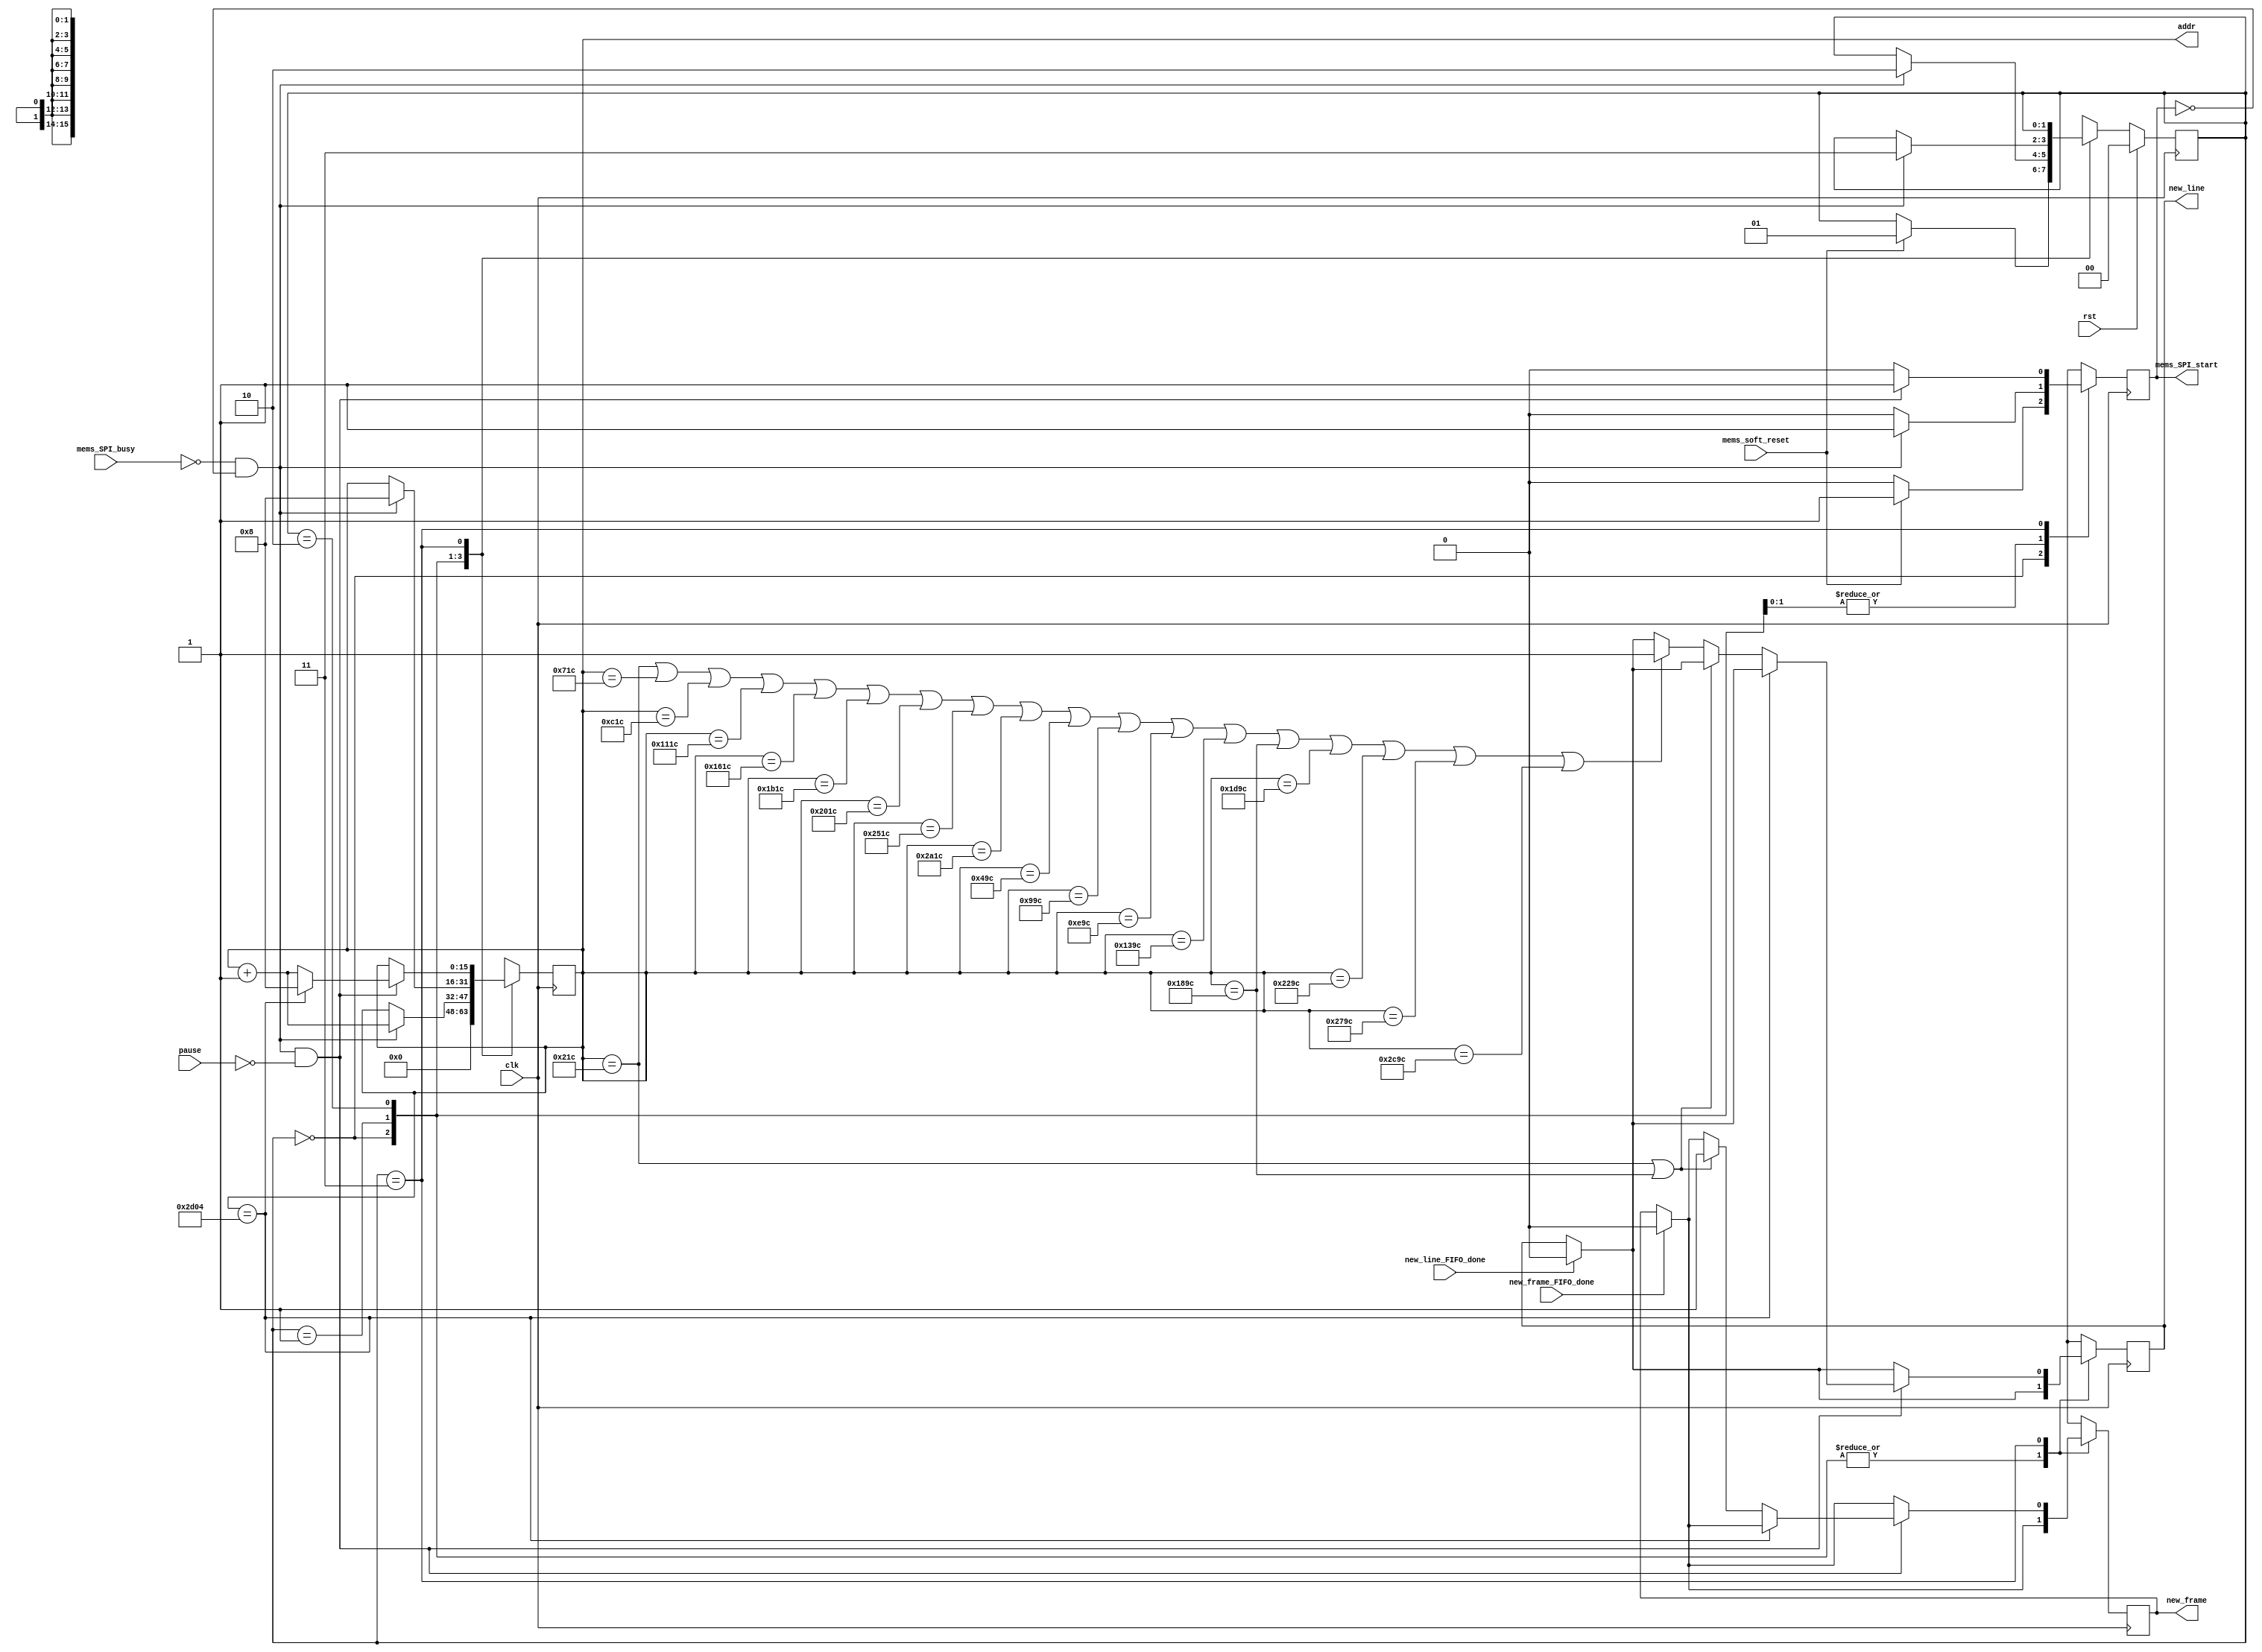
module mems_control_7 (
    // INPUT
    input clk,
    input rst,
    input pause,
    input mems_SPI_busy,
    input mems_soft_reset,
    input new_line_FIFO_done,
    input new_frame_FIFO_done,
    // input go_home,

    // OUTPUT
    output mems_SPI_start,
    // output [23:0] data_mosi,
    output new_line,
    output new_frame,
    output [15:0] addr
  );
  
  reg new_line_d, new_line_q;//=1'b0;
  reg new_frame_d, new_frame_q;//=1'b0;
  
  assign mems_SPI_start=mems_SPI_start_q;

  assign new_line = new_line_q;
  assign new_frame = new_frame_q;

  assign addr = addr_q;
  
  localparam STATE_SIZE = 2;
  localparam IDLE = 2'd0,
    SOFTWARE_RESET = 2'd1,
    VREF_SETUP = 2'd2,
    SET_CHANNEL = 2'd3;
 
  reg [STATE_SIZE-1:0] state_d, state_q;
  reg [15:0] addr_d, addr_q;
  reg mems_SPI_start_d, mems_SPI_start_q; 

  reg play_d, play_q;
  wire rom_scan_is_done;




  always @(*) begin

    // if (new_line_FIFO_done==1'b1 && new_line_q==1'b1) begin
    if (new_line_FIFO_done==1'b1) begin
      new_line_d=1'b0; // latch here is not fine (if at the same time 2 modules -> problem)
    end else begin
      new_line_d = new_line_q;
    end

    if (new_frame_FIFO_done==1'b1) begin
      new_frame_d=1'b0; // latch here is not fine
    end else begin
      new_frame_d = new_frame_q;
    end

    state_d = state_q; // default values
    addr_d = addr_q;   // needed to prevent latches
    play_d = play_q;

    case (state_q)
      IDLE: begin
        addr_d = 4'b0;
        mems_SPI_start_d=1'b0;
        if (mems_soft_reset==1'b1) begin
          state_d = SOFTWARE_RESET;
          mems_SPI_start_d=1'b1;
        end
      end // IDLE

      SOFTWARE_RESET: begin
        mems_SPI_start_d=1'b0;
        if (!mems_SPI_busy && mems_SPI_start_q == 1'b0) begin 
          addr_d=addr_q+1'b1;
          state_d = VREF_SETUP;
          mems_SPI_start_d = 1'b1;
        end
      end // SOFTWARE_RESET

      VREF_SETUP: begin // we hav problem with DAC, change its ref voltage from external to internal and vice versa -> have to send command for external one all time.
        mems_SPI_start_d=1'b0;
        if (!mems_SPI_busy && mems_SPI_start_q == 1'b0) begin 
          addr_d = 16'd8;//addr_q + 1'b1; // will be 2 in SET_CHANNEL
          state_d = SET_CHANNEL;
          mems_SPI_start_d = 1'b1;
        end
      end // VREF_SETUP

      SET_CHANNEL: begin
                play_d=1'b0;
                mems_SPI_start_d = 1'b0;

                if ((!mems_SPI_busy && mems_SPI_start_q == 1'b0) && pause==1'b0) begin 
                    mems_SPI_start_d = 1'b1;    

                    // begin from the beginning if end reached.         
                    // if (rom_scan_is_done==1'b1) begin
                    


                    if (addr_q==16'd11524) begin
                    // if (addr_q==16'd15844) begin
                         addr_d = 16'd8;  
                    end else begin
                    
// if (addr_q == 16'd623 || addr_q==16'd8623) begin
// if (addr_q == 16'd226 || addr_q==16'd3826) begin
if (addr_q == 16'd540 || addr_q==16'd6300) begin

// if (addr_q == 16'd164) begin // 6495 no overflow at all1! 6490 also no overf.

                        // if (addr_q == 16'd164 || addr_q == 16'd4964) begin // || addr_q==16'd4941) begin // 6495 no overflow at all1! 6490 also no overf.

                            new_frame_d = 1'b1;
                        end else 
// if (addr_q == 16'd562 || addr_q == 16'd2322 || addr_q == 16'd4082 || addr_q == 16'd5842 || addr_q == 16'd7602 || addr_q == 16'd1442 || addr_q == 16'd3202 || addr_q == 16'd4962 || addr_q == 16'd6722 || addr_q==16'd8482) begin
// if (addr_q == 16'd623 || addr_q == 16'd2223 || addr_q == 16'd3823 || addr_q == 16'd5423 || addr_q == 16'd7023 || addr_q == 16'd8623 || addr_q == 16'd10223 || addr_q == 16'd11823 || addr_q == 16'd13423 || addr_q == 16'd15023 || addr_q == 16'd1423 || addr_q == 16'd3023 || addr_q == 16'd4623 || addr_q == 16'd6223 || addr_q == 16'd7823 || addr_q == 16'd9423 || addr_q == 16'd11023 || addr_q == 16'd12623 || addr_q == 16'd14223 || addr_q==16'd15823) begin





// if (addr_q == 16'd436 || addr_q == 16'd1716 || addr_q == 16'd2996 || addr_q == 16'd4276 || addr_q == 16'd5556 || addr_q == 16'd6836 || addr_q == 16'd8116 || addr_q == 16'd9396 || addr_q == 16'd10676 || addr_q == 16'd1076 || addr_q == 16'd2356 || addr_q == 16'd3636 || addr_q == 16'd4916 || addr_q == 16'd6196 || addr_q == 16'd7476 || addr_q == 16'd8756 || addr_q == 16'd10036 || addr_q==16'd11316) begin
// if (addr_q == 16'd528 || addr_q == 16'd1808 || addr_q == 16'd3088 || addr_q == 16'd4368 || addr_q == 16'd5648 || addr_q == 16'd6928 || addr_q == 16'd8208 || addr_q == 16'd9488 || addr_q == 16'd10768 || addr_q == 16'd1168 || addr_q == 16'd2448 || addr_q == 16'd3728 || addr_q == 16'd5008 || addr_q == 16'd6288 || addr_q == 16'd7568 || addr_q == 16'd8848 || addr_q == 16'd10128 || addr_q==16'd11408) begin
if (addr_q == 16'd540 || addr_q == 16'd1820 || addr_q == 16'd3100 || addr_q == 16'd4380 || addr_q == 16'd5660 || addr_q == 16'd6940 || addr_q == 16'd8220 || addr_q == 16'd9500 || addr_q == 16'd10780 || addr_q == 16'd1180 || addr_q == 16'd2460 || addr_q == 16'd3740 || addr_q == 16'd5020 || addr_q == 16'd6300 || addr_q == 16'd7580 || addr_q == 16'd8860 || addr_q == 16'd10140 || addr_q==16'd11420) begin
          


              new_line_d=1'b1;
                end 






                      addr_d = addr_q+1'b1;
                    end // if rom_scan_is_done








                end // new data
      end // SET_CHANNEL

      default: state_d = IDLE;
    endcase
  end
 



  always @(posedge clk) begin
    if (rst) begin
      state_q <= IDLE;
    end else begin
      state_q <= state_d;
    end

    new_line_q <= new_line_d; 
    new_frame_q <= new_frame_d; 
    
    mems_SPI_start_q <= mems_SPI_start_d;
    addr_q <= addr_d;
    play_q <= play_d;
  end
 
endmodule